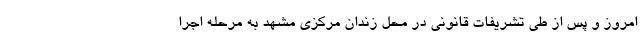
امروز و پس از طی تشریفات قانونی در محل زندان مرکزی مشهد به مرحله اجرا